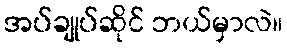
အပ်ချုပ်ဆိုင် ဘယ်မှာလဲ။